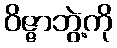
ဝိဇ္ဇာဘွဲ့ကို